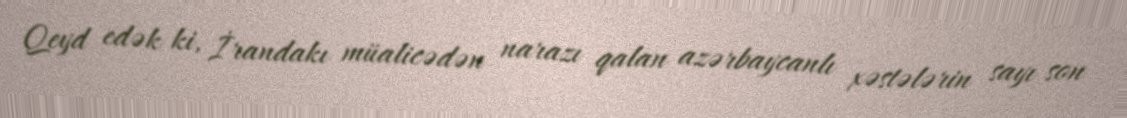
Qeyd edək ki, İrandakı müalicədən narazı qalan azərbaycanlı xəstələrin sayı son